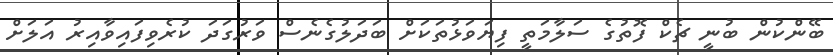
ބޭންކުން ބުނީ ޗެކް ފޮތުގެ ސަލާމަތީ ފިޔަވަޅުތަކަށް ބަދަލުގެނެސް ވަރުގަދަ ކުރެވިފައިވާއިރު އަލަށް